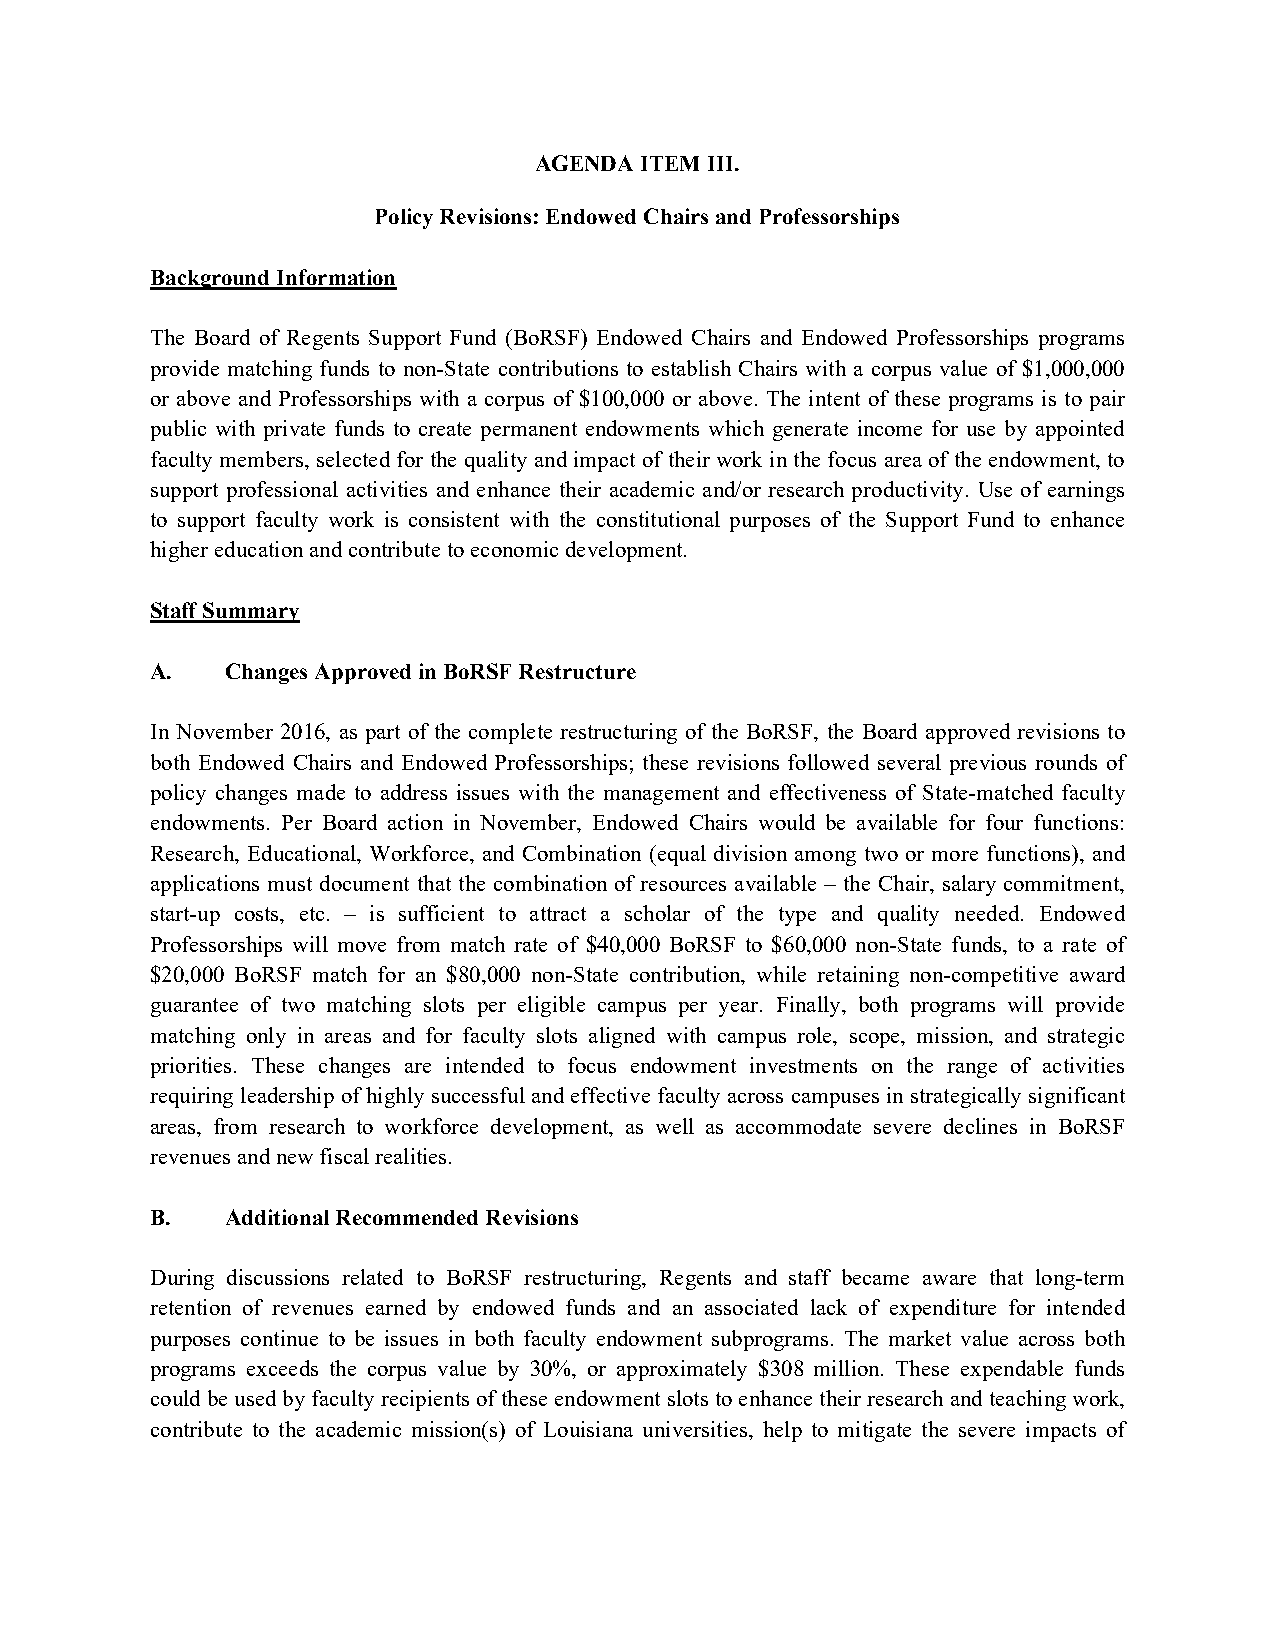
AGENDA ITEM III.
 Policy Revisions: Endowed Chairs and Professorships
 Background Information
 The Board of Regents Support Fund (BoRSF) Endowed Chairs and Endowed Professorships programs
 provide matching funds to non-State contributions to establish Chairs with a corpus value of $1,000,000
 or above and Professorships with a corpus of $100,000 or above. The intent of these programs is to pair
 public with private funds to create permanent endowments which generate income for use by appointed
 faculty members, selected for the quality and impact of their work in the focus area of the endowment, to
 support professional activities and enhance their academic and/or research productivity. Use of earnings
 to support faculty work is consistent with the constitutional purposes of the Support Fund to enhance
 higher education and contribute to economic development.
 Staff Summary
 A.   Changes Approved in BoRSF Restructure
 In November 2016, as part of the complete restructuring of the BoRSF, the Board approved revisions to
 both Endowed Chairs and Endowed Professorships; these revisions followed several previous rounds of
 policy changes made to address issues with the management and effectiveness of State-matched faculty
 endowments. Per Board action in November, Endowed Chairs would be available for four functions:
 Research, Educational, Workforce, and Combination (equal division among two or more functions), and
 applications must document that the combination of resources available – the Chair, salary commitment,
 start-up costs, etc. – is sufficient to attract a scholar of the type and quality needed. Endowed
 Professorships will move from match rate of $40,000 BoRSF to $60,000 non-State funds, to a rate of
 $20,000 BoRSF match for an $80,000 non-State contribution, while retaining non-competitive award
 guarantee of two matching slots per eligible campus per year. Finally, both programs will provide
 matching only in areas and for faculty slots aligned with campus role, scope, mission, and strategic
 priorities. These changes are intended to focus endowment investments on the range of activities
 requiring leadership of highly successful and effective faculty across campuses in strategically significant
 areas, from research to workforce development, as well as accommodate severe declines in BoRSF
 revenues and new fiscal realities.
 B.   Additional Recommended Revisions
 During discussions related to BoRSF restructuring, Regents and staff became aware that long-term
 retention of revenues earned by endowed funds and an associated lack of expenditure for intended
 purposes continue to be issues in both faculty endowment subprograms. The market value across both
 programs exceeds the corpus value by 30%, or approximately $308 million. These expendable funds
 could be used by faculty recipients of these endowment slots to enhance their research and teaching work,
 contribute to the academic mission(s) of Louisiana universities, help to mitigate the severe impacts of